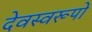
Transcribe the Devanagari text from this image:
देवस्वरूपों